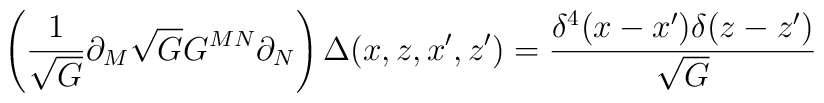
\left( \frac{1}{\sqrt{G}} \partial_M \sqrt{G} G^{MN} \partial_N \right)   \Delta(x,z,x',z') =\frac{\delta^4(x-x') \delta(z-z')}{\sqrt{G}}